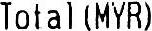
TOTAL (MYR)